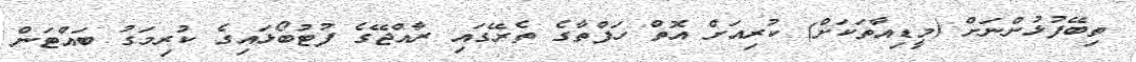
ތިބޭފުޅުންނަށް (މީޑިއާތަކަށް) ކުރިއަށް އޮތް ހަފްތާގެ ތެރޭގައި ރާއްޖޭގެ ފުޓުބޯޅައިގެ ކުރިމަގު ބައްޓަން